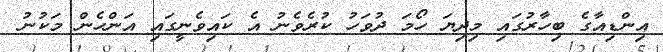
އިންޑިއާގެ ބިހާރުގައި މިދިޔަ ހޯމަ ދުވަހު ކުރެވެނު އެ ކައިވެނީގައި އަންހެން މަކުނު